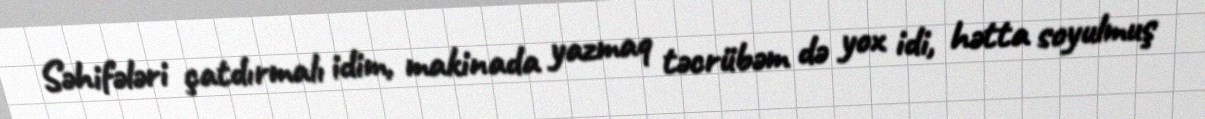
Səhifələri çatdırmalı idim, makinada yazmaq təcrübəm də yox idi, hətta soyulmuş